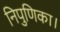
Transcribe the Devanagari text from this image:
निपुणिका।